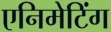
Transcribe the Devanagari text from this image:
एनिमेटिंग